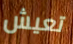
تعيش